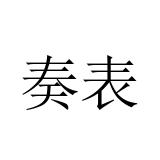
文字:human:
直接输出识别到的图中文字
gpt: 奏表